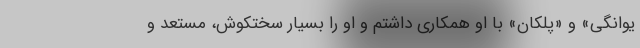
یوانگی» و «پلکان» با او همکاری داشتم و او را بسیار سختکوش، مستعد و